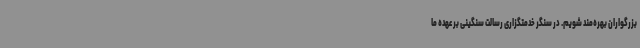
بزرگواران بهره‌مند شویم. در سنگر خدمتگزاری رسالت سنگینی بر عهده ما